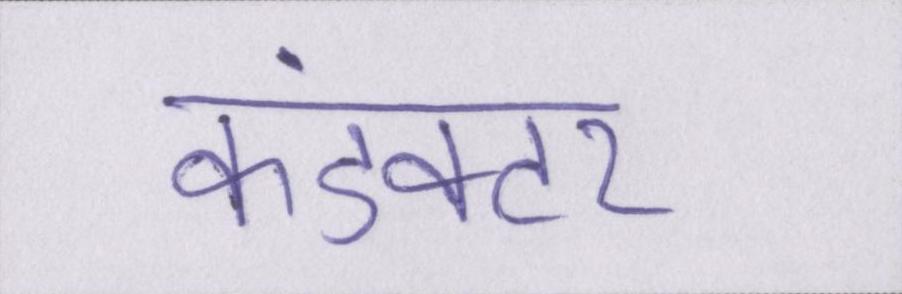
कंडक्टर